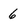
Character: 6